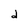
Character: d